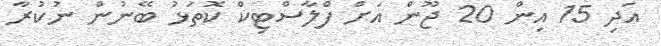
އަދި 15 އިން 20 ޖޫން އަށް ފްލާސްޓިކް ކޮތަޅު ބޭނުން ނުކުރާ